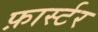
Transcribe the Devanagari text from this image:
फ़ार्स्टर